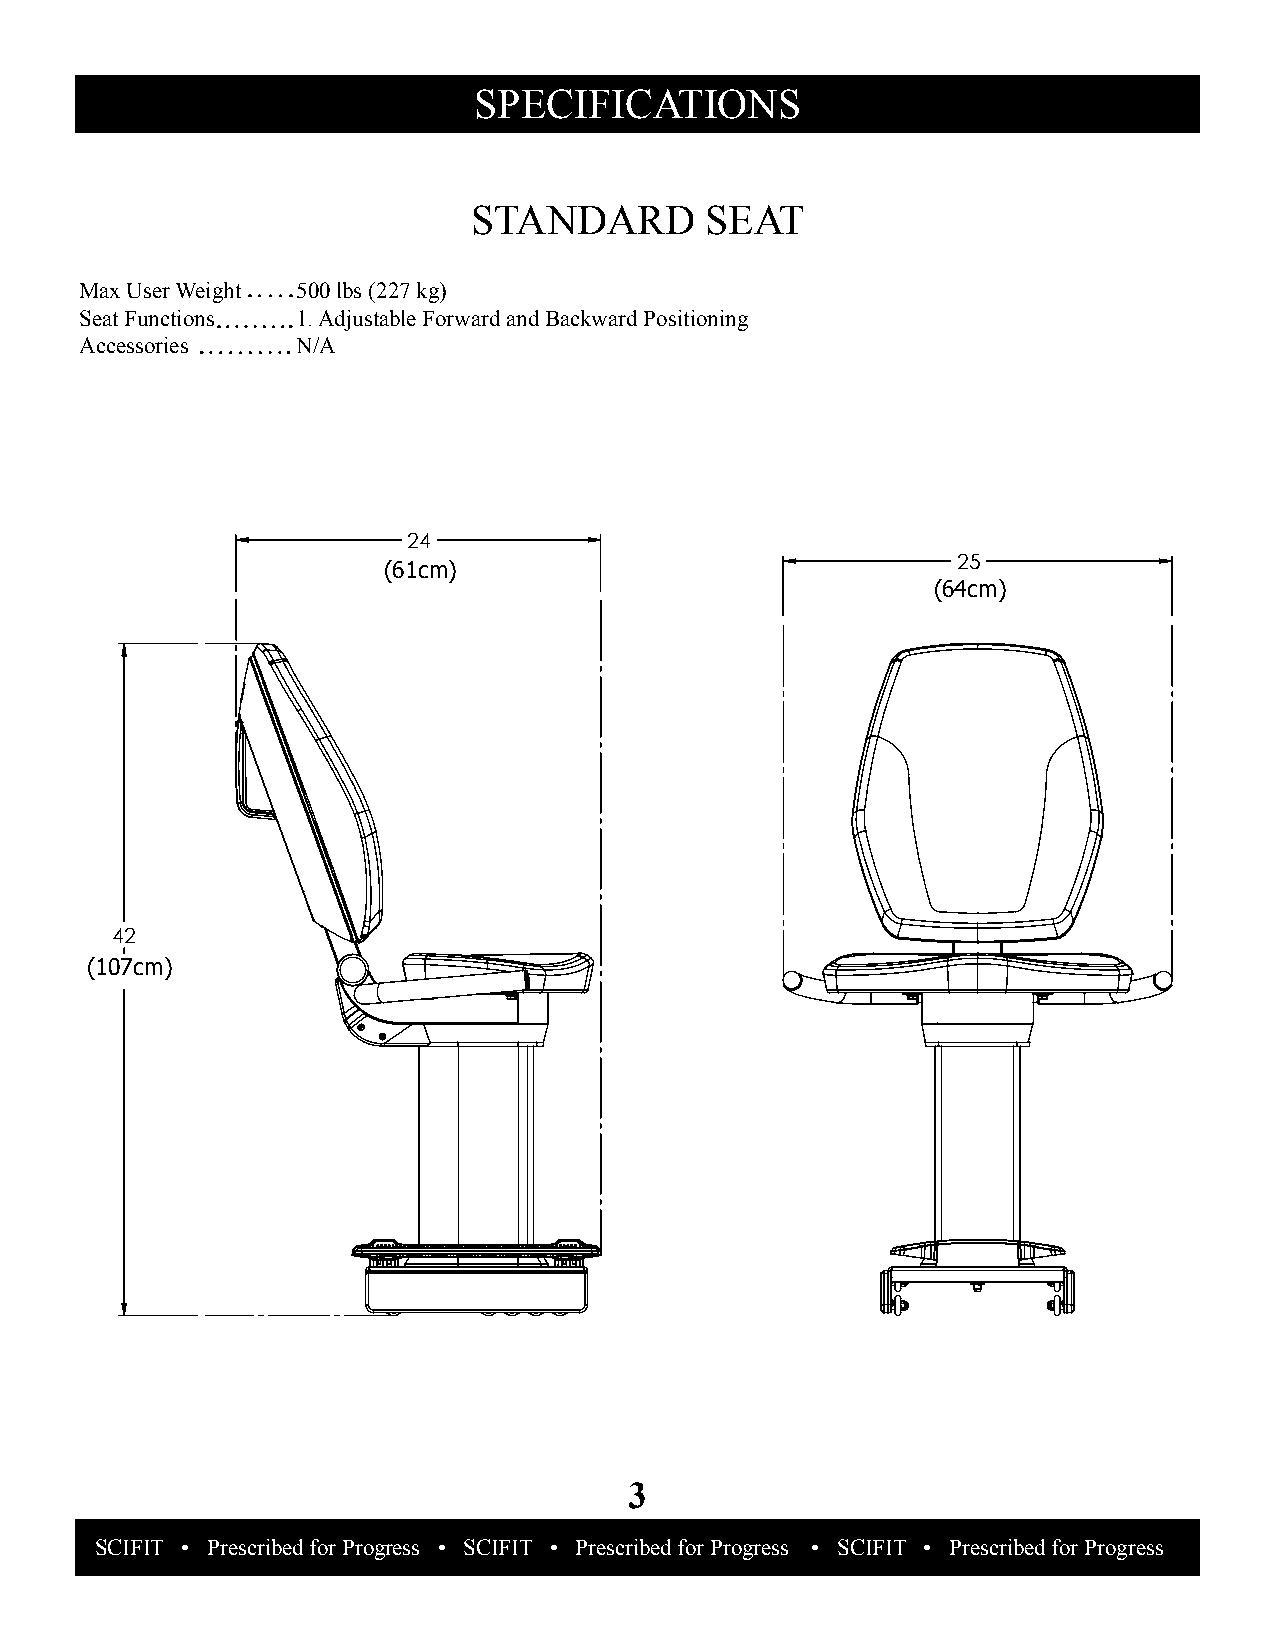
SPeCIFICaTIonS
 STanDarD        SeaT
 max User Weight 500 lbs (227 kg)
 Seat Functions 1. adjustable Forward and backward Positioning
 accessories    n/a
 24
 (61cm)                                25
 (64cm)
 42
 (107cm)
 3
 SCISFCITIF I •T P •r e sSccriiebnetdifi fco rS Porluotgiroensss f o •r F SitCnIeFsIsT • • S PCrIeFsIcTri b •e d Sfocrie Pnrtoifigcre Ssos l u t•i o nSsC fIoFrI FTi t n •e s sP r e•s c rSiCbeIdF IfTor Progress